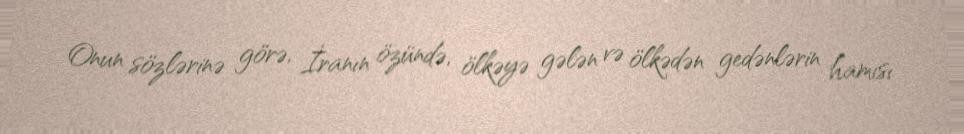
Onun sözlərinə görə, İranın özündə, ölkəyə gələn və ölkədən gedənlərin hamısı